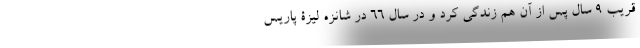
قریب 9 سال پس از آن هم زندگی کرد و در سال 66 در شانزه لیزۀ پاریس